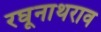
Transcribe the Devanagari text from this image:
रघूनाथराव